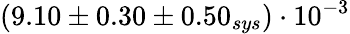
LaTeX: (9.10\pm 0.30\pm 0.50_{sys})\cdot 10^{-3}